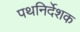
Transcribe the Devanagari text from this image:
पथनिर्देशक